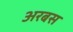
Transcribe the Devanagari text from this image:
अरबस